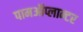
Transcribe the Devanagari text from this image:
पामऑप्लान्टर